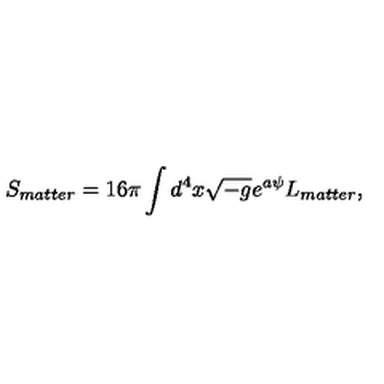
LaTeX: S _ { m a t t e r } = 1 6 \pi \int d ^ { 4 } x \sqrt { - g } e ^ { a \psi } L _ { m a t t e r } ,